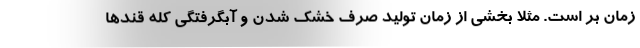
زمان بر است. مثلا بخشی از زمان تولید صرف خشک شدن و آبگرفتگی کله قند‌ها